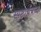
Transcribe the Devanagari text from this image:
स्पष्टार्थबोध